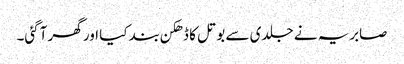
صابریہ نے جلدی سے بوتل کا ڈھکن بند کیا اور گھر آگئی۔